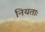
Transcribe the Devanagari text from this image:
नियताः